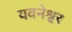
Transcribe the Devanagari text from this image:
यवनेश्वर